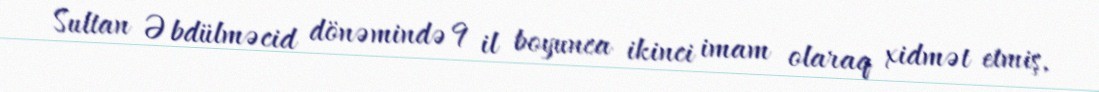
Sultan Əbdülməcid dönəmində 9 il boyunca ikinci imam olaraq xidmət etmiş,